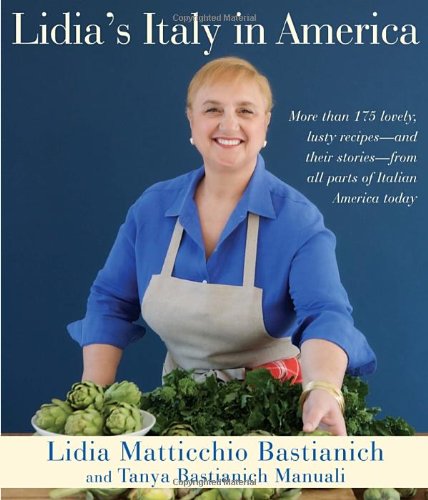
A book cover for Lidia's Italy in America; Lidia Matticchio Bastianich; Cookbooks, Food & Wine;